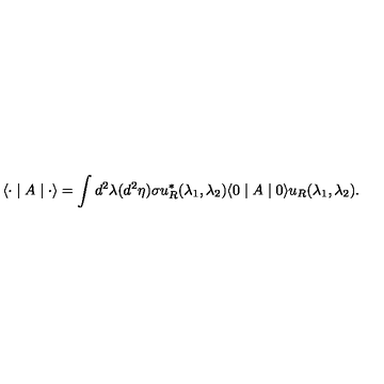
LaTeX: \langle { \bf \cdot } \mid A \mid { \bf \cdot } \rangle = \int d ^ { 2 } \lambda ( d ^ { 2 } \eta ) \sigma u _ { R } ^ { \ast } ( \lambda _ { 1 } , \lambda _ { 2 } ) \langle 0 \mid A \mid 0 \rangle u _ { R } ( \lambda _ { 1 } , \lambda _ { 2 } ) .